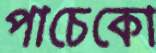
পাচেকো